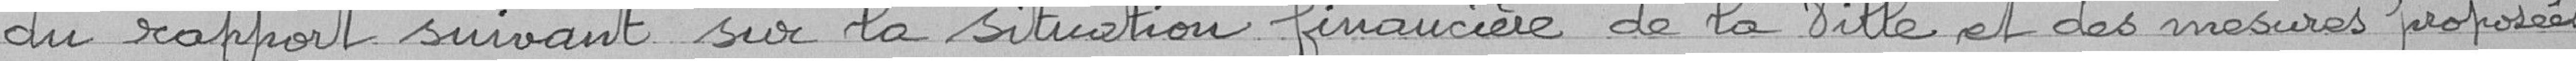
du rapport suivant sur la situation financière de la Fille et des mesures proposées.